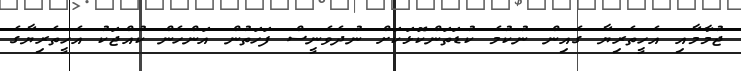
ޖުމާމާއި އެހީތެރިޔާ ގެއިން ނުކުމެ ކުޑަތަންކޮޅަކަށް ނުދެވެނީސް ފަހަތުން އަންހެން ކުއްޖަކު އެހީތެރިޔާގެ